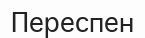
Переспен